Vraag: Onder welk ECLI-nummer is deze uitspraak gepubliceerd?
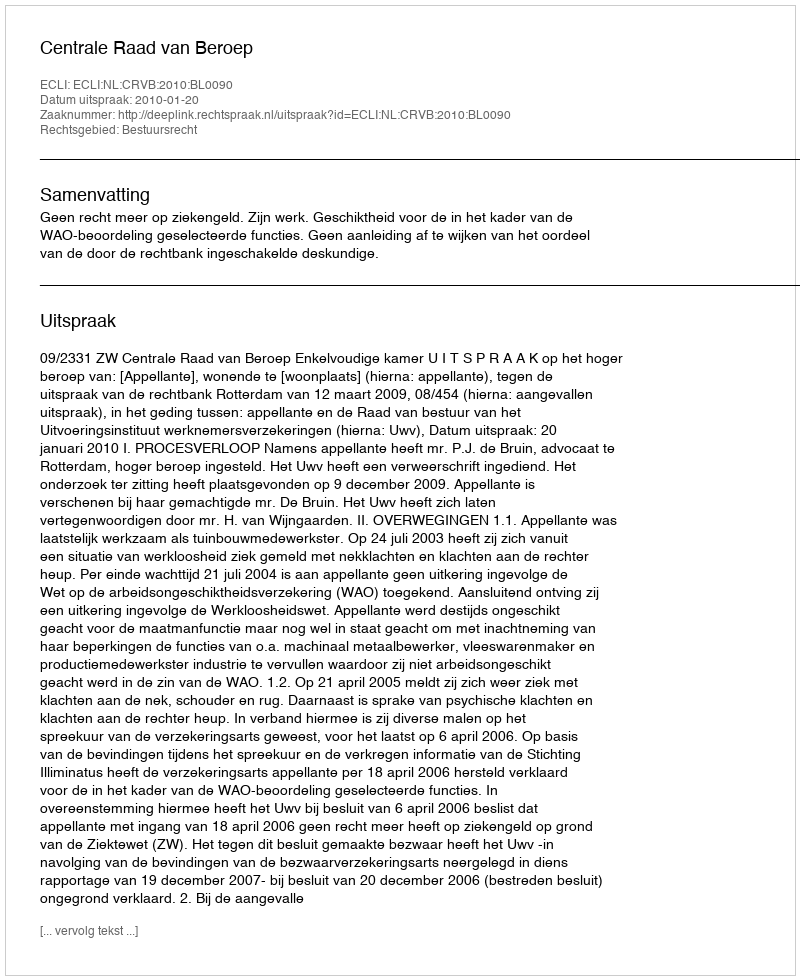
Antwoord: ECLI:NL:CRVB:2010:BL0090